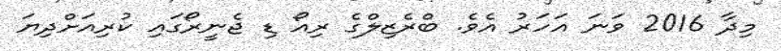
މިދާ 2016 ވަނަ އަހަރު އެވެ. ބްރެޒިލްގެ ރިއޯ ޑި ޖެނީރޯގައި ކުރިއަށްދިޔަ